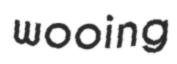
wooing